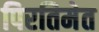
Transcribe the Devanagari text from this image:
पिरतिमेत